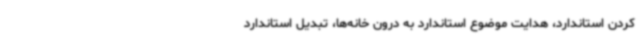
کردن استاندارد، هدایت موضوع استاندارد به درون خانه‌ها، تبدیل استاندارد